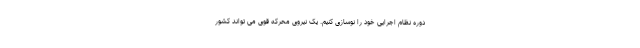
دوره نظام اجرایی خود را نوسازی کنیم. یک نیروی محرکه قوی می تواند کشور